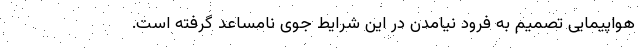
هواپیمایی تصمیم به فرود نیامدن در این شرایط جوی نامساعد گرفته است.